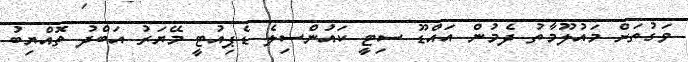
ވަގުތަށް މައުލޫމާތު ދެމުން އައްޑޫ ސިޓީ ކައުންސިލެ ޑެޕިއުޓީ މޭޔަރު އަބްދު ތޮއްޔިބު